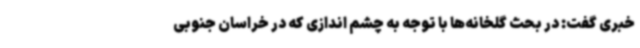
خبری گفت: در بحث گلخانه‌ها با توجه به چشم اندازی که در خراسان جنوبی